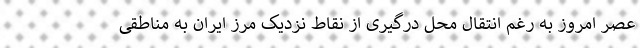
عصر امروز به رغم انتقال محل درگیری از نقاط نزدیک مرز ایران به مناطقی